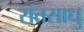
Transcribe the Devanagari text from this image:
संतसाधु